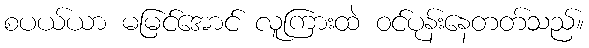
စပယ်ယာ မမြင်အောင် လူကြားထဲ ဝင်ပုန်းနေတတ်သည်။